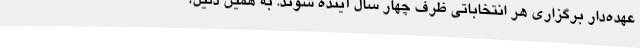
عهده‌دار برگزاری هر انتخاباتی ظرف چهار سال آینده شوند. به همین دلیل،